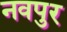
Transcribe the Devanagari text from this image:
नवपुर